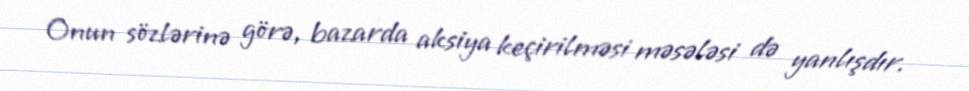
Onun sözlərinə görə, bazarda aksiya keçirilməsi məsələsi də yanlışdır.